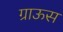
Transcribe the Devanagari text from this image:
ग्राऊस